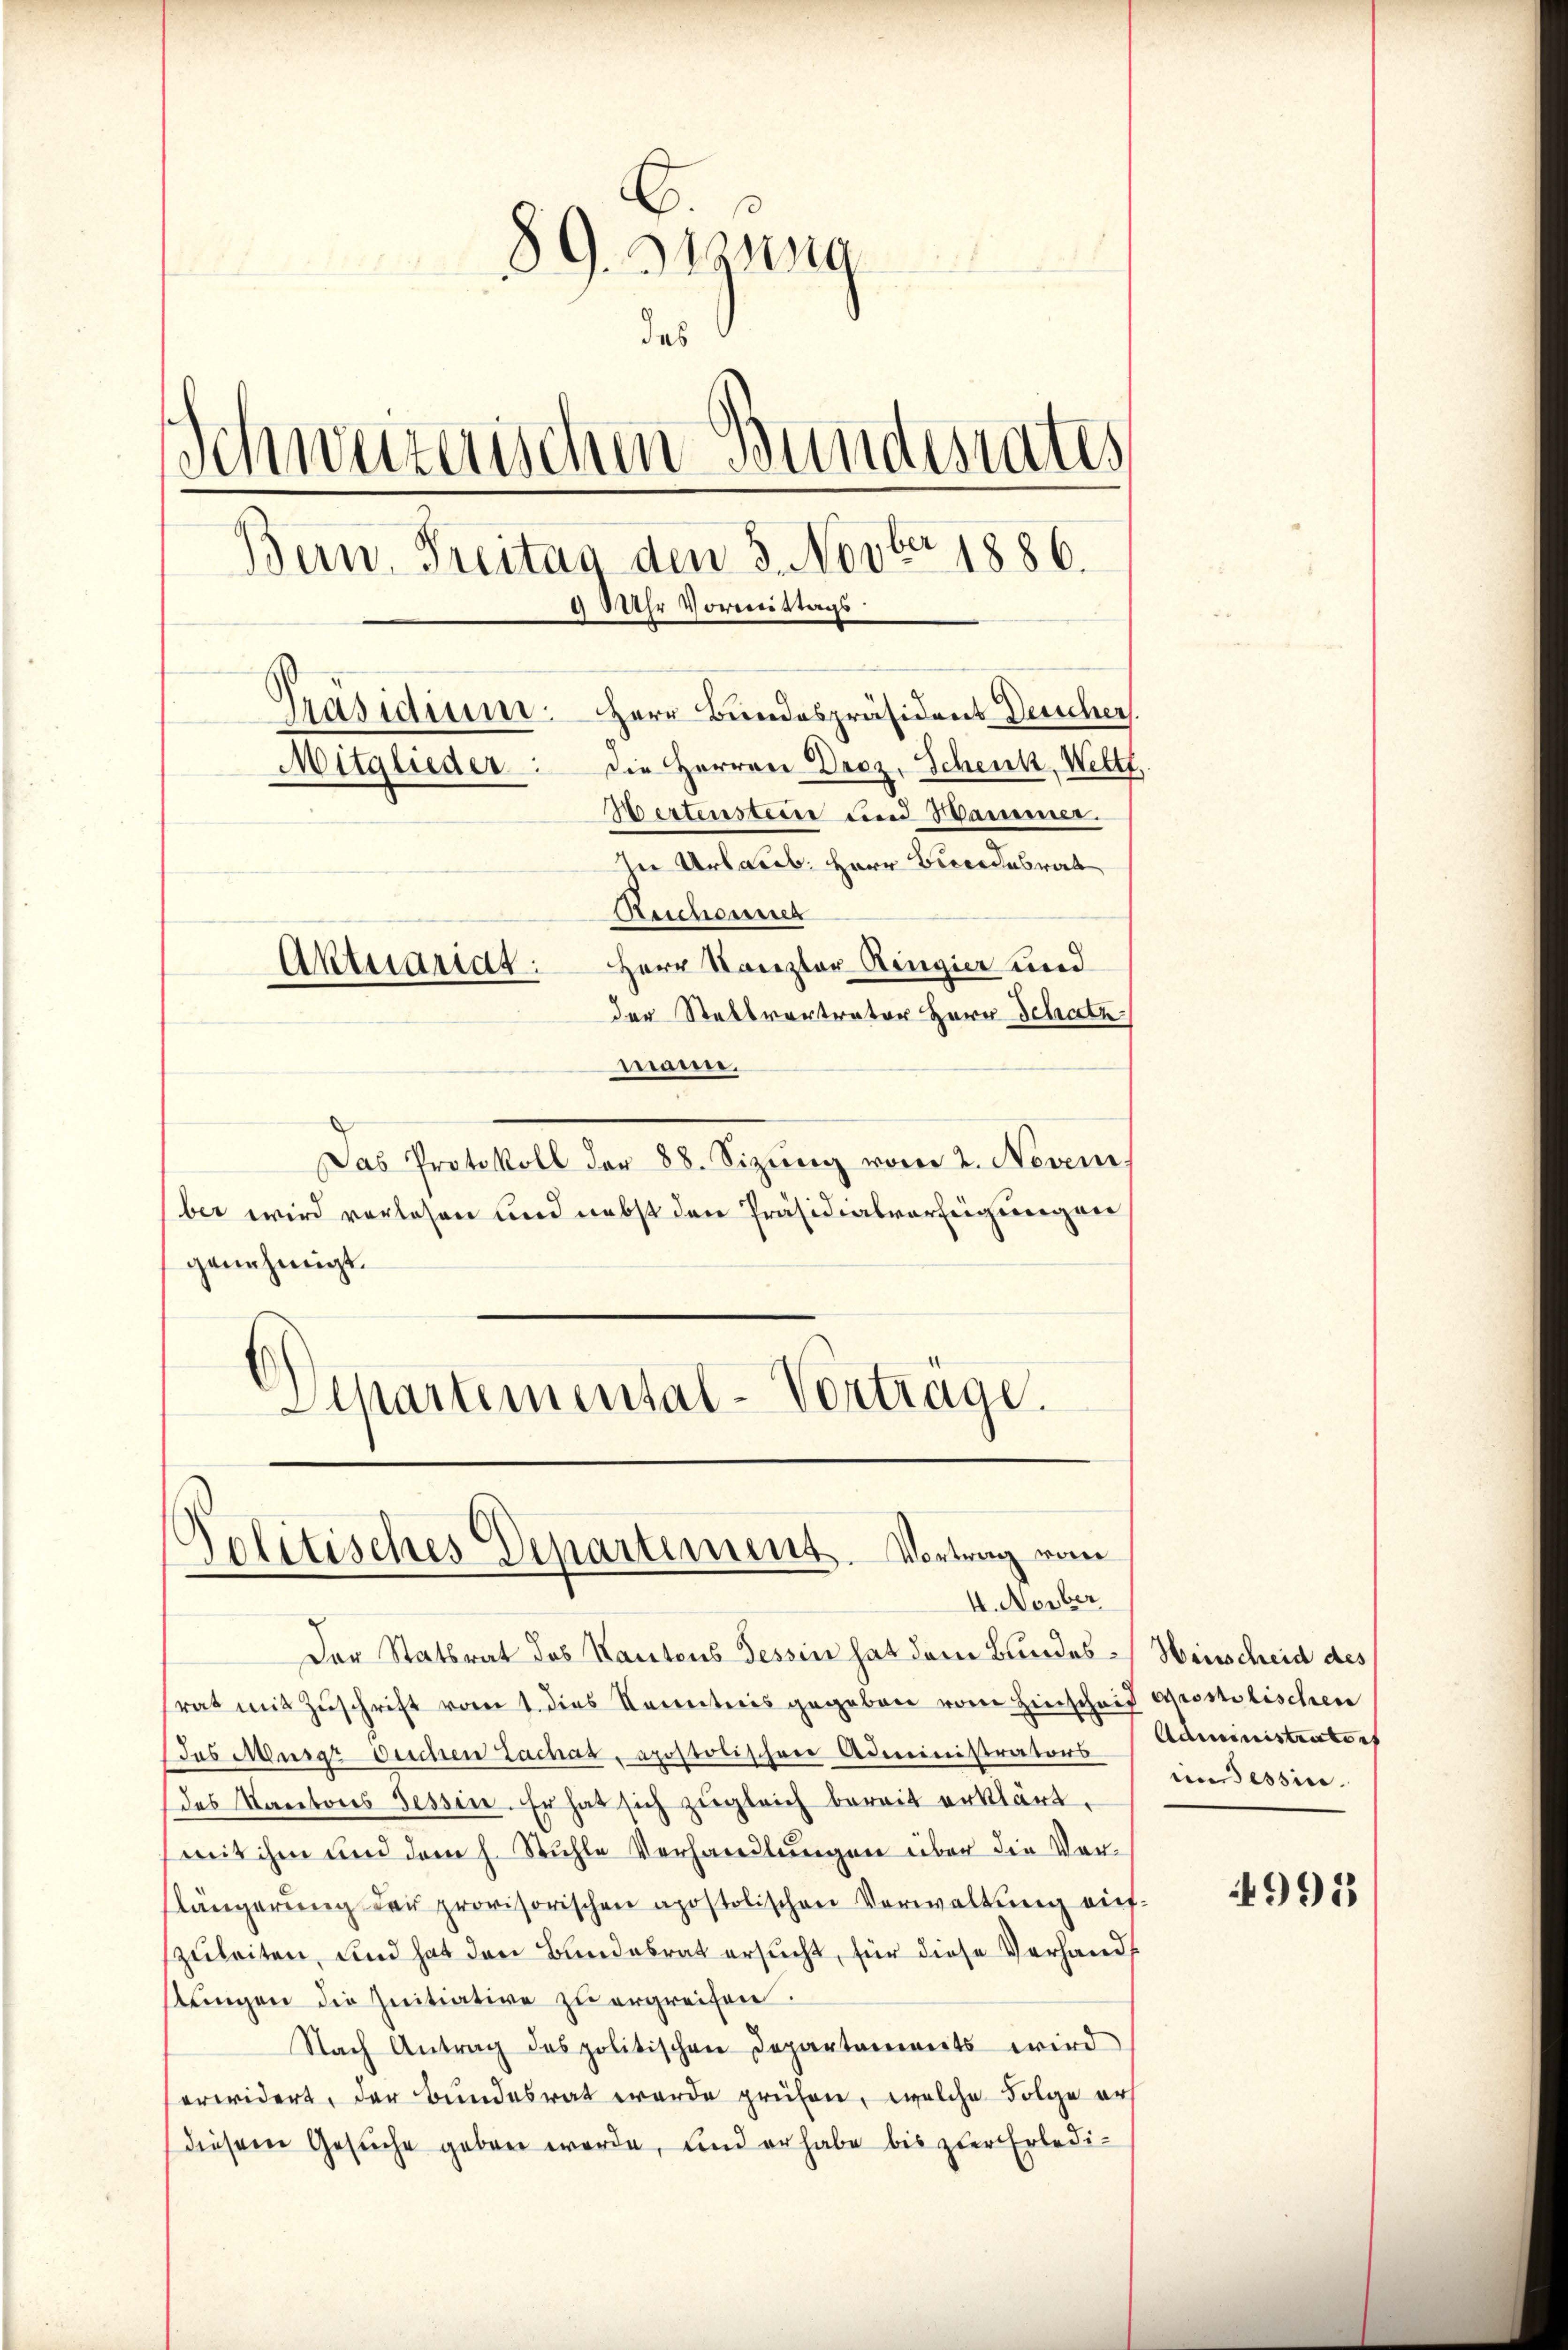
6.
89. Gesung
das
Schweizerischen Bundesrates
Bern, Freitag den 3. Novbr 1886.
90 Uhr Vormittags
Präsidium. Herr Bundespräsident Deuscher
Mitglieder: die Herren Droz. Schenk, Welt
Bertensteine und Hammer.
In Urlaub. Herr Bundesrat
Reichenner
Herr Kanzler Ringier und
Aktuariat
der Stellvertreter Herr Schatz

waren.
Das Protokoll der 88. Sizŭng vom 2. Novem
ber wird vorlesen und nebst den Präsidialverfeigungen
genehmigt.
Schartemental-Vorträge.

Solitisches Departements. Vortrag vom
4. Novber

Der Statsrat des Kantons Tessin hat dem Bundessrat mit Zŭschrift vom 1. dies Kenntnis gegeben vom Hinschaid Gromlischen
(das Murgrouchen Lachat, apostolischen Administrators Administratort
das Kantons Tessin. Er hat sich zugleich bereit erklärt.
mit ihm und dem h. Stuhle Verhandlungen über die Vorslängerung der provisorischen apostolischen Verwaltung aufszuleiten, und hat den Bundesrat ersucht, für diese Verhandlungen die Initiative zu ergreifen.
Nach Antrag des politischen Departements wird
erwidert, der Bundesrat wurde prüfen, welche Folge ers
Diesem Gesuche geben werde, und er habe bis zur Erledi¬

Heisscheid des
in Tessin.

991